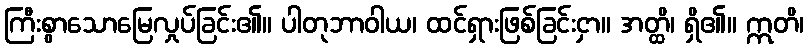
ကြီးစွာသောမြေလှုပ်ခြင်း၏။ ပါတုဘာဝါယ၊ ထင်ရှားဖြစ်ခြင်းငှာ။ အတ္ထိ၊ ရှိ၏။ ဣတိ၊